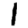
Digit: 1